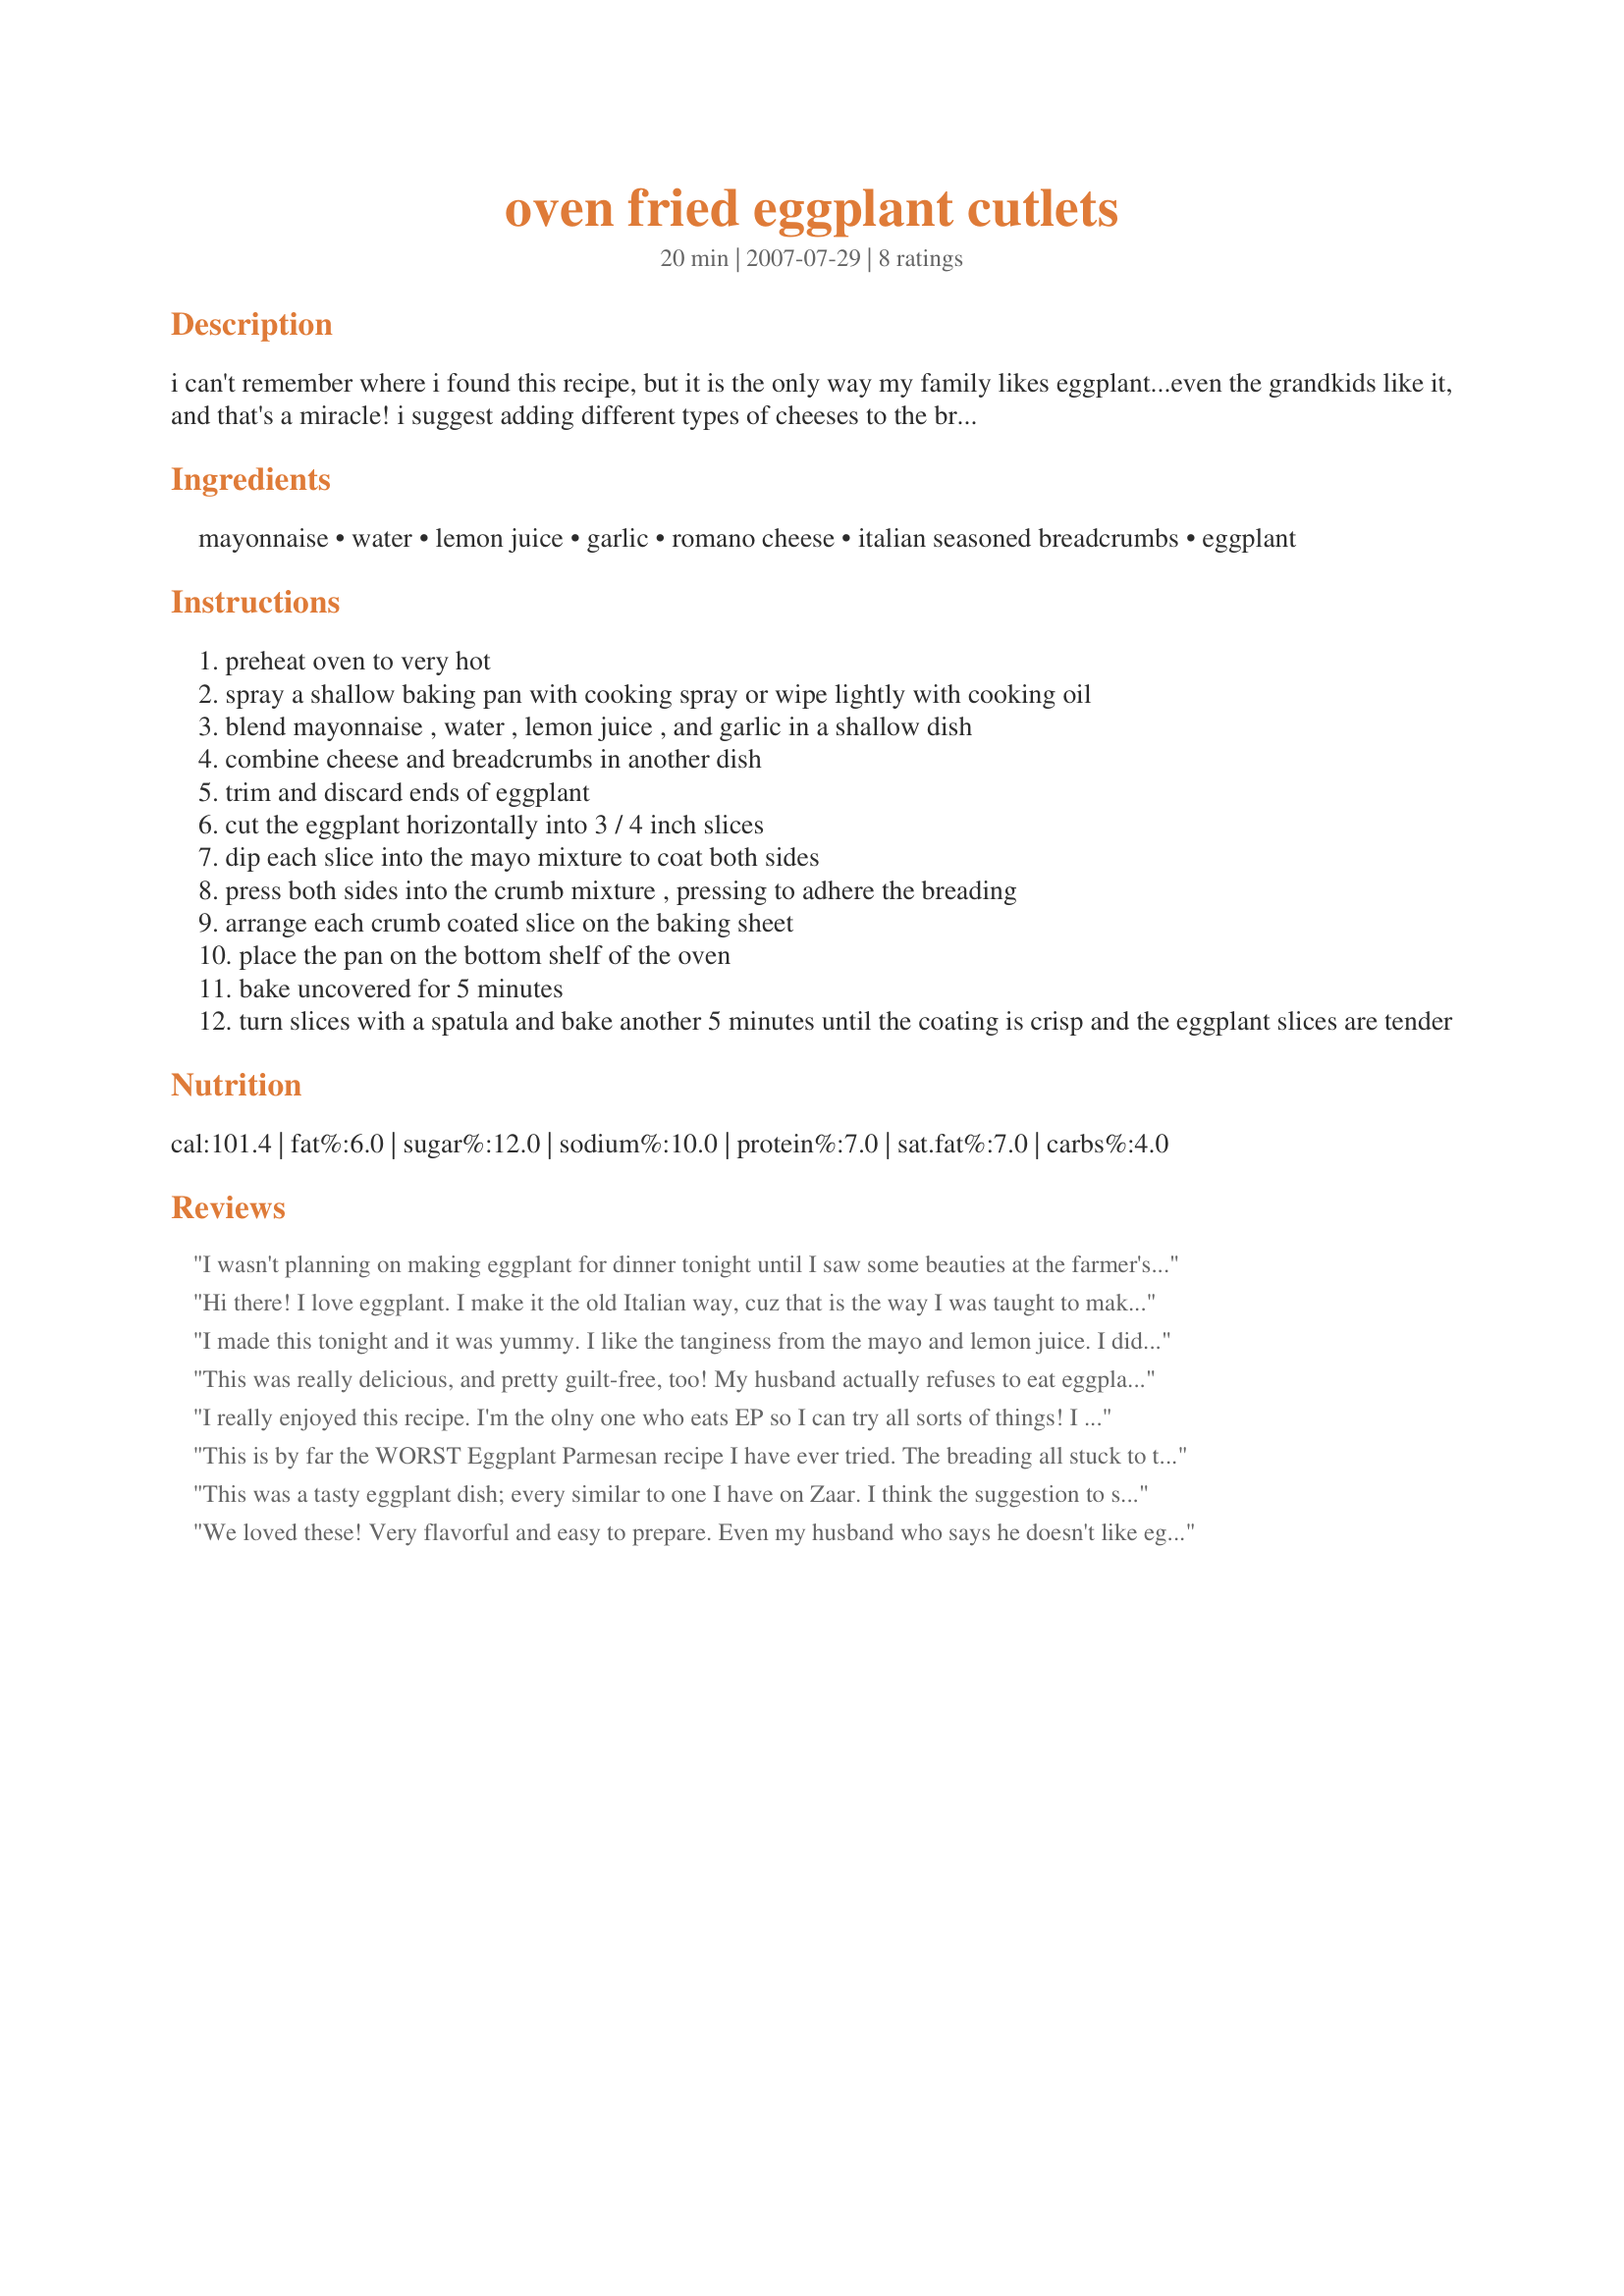
oven fried eggplant cutlets
Preparation time: 20 minutes

i can't remember where i found this recipe, but it is the only way my family likes eggplant...even the grandkids like it, and that's a miracle! i suggest adding different types of cheeses to the breading if you like because the cheese gives a lot of flavor and crispiness.shredded cheddar or mozzarella cheese also works well. i also usually double the recipe for a large eggplant.the amount of garlic is also a personal preference.

Ingredients:
mayonnaise, water, lemon juice, garlic, romano cheese, italian seasoned breadcrumbs, eggplant

Steps:
preheat oven to very hot
spray a shallow baking pan with cooking spray or wipe lightly with cooking oil
blend mayonnaise , water , lemon juice , and garlic in a shallow dish
combine cheese and breadcrumbs in another dish
trim and discard ends of eggplant
cut the eggplant horizontally into 3 / 4 inch slices
dip each slice into the mayo mixture to coat both sides
press both sides into the crumb mixture , pressing to adhere the breading
arrange each crumb coated slice on the baking sheet
place the pan on the bottom shelf of the oven
bake uncovered for 5 minutes
turn slices with a spatula and bake another 5 minutes until the coating is crisp and the eggplant slices are tender

Reviews:
I wasn't planning on making eggplant for dinner tonight until I saw some beauties at the farmer's market this afternoon :-)<br/>I was looking for a "different" recipe instead of frying it. Being Italian, and used to "oil frying" eggplant for for many dishes, I decided to give this a try. With the exception of adding the lemon juice and water, this recipe is identical to a recipe I found eons ago for "oven fried chicken breasts" on the back of a Hellmann's Mayo jar.<br/>I gave it a try, and it worked very well! I lined my cookie sheet with heavy duty tin foil (I've gotten lazy in my old age, this way I won't have to wash the pan ;-) ) Then I lightly oiled the foil (you know, put some oil on a half piece of paper towel and wipe it around the pan/foil). I followed the recipe exactly (with one slight change, I sliced the eggplant into 1/4 inch strips - like you would for potato fries), adding the lemon and water to the mayo as per the recipe. The "oven fried" eggplant turned out wonderfully! I used them as a side veggie with steak pizzaiola (recipe # 30571).<br/>The next time I make my eggplant Parmesan, I will use this "oven fried" method instead of oil frying the eggplant slices.
Hi there! I love eggplant. I make it the old Italian way, cuz that is the way I was taught to make it by a lovely lady who has passed away...It is very delicious, but yours sounds most interesting and less fattening and less mess! 
I will give it a go when my eggplants are ready this summer! 
I always set my egg plant slices on the counter and salt them on each side to take out the bitterness. Less sharpness in taste. That is the old Italian way! Just a suggestion I thought you might want to try! :)
Thank you for the recipe! 
Jelly!
I made this tonight and it was yummy. I like the tanginess from the mayo and lemon juice. I did cook it a little longer, until each side was golden brown.
This was really delicious, and pretty guilt-free, too! My husband actually refuses to eat eggplant in any of its many forms, but when I hid it within this crunchy coating, it disappeared (& the next day, even the leftovers were gone)! Made exactly as written, though I did have to cook it much longer than stated in order to fully crisp & brown the coating--maybe 10-12 minutes per side. This would be a terrific side to a red-sauce pasta dish, and is a great way to look like you slaved in the kitchen!
I really enjoyed this recipe. I'm the olny one who eats EP so I can try all sorts of things! I used cheddar cheese this time, I think it would be better with the parmesan or romano as stated in the original recipe. I did have trouble with the coating sticking to the dish when I turned the first piece with tongs and then I remembered that the recipe said to turn with a spatula...duh! the rest were turned successfully and both sides were crispy and crunchy! thanks.
This is by far the WORST Eggplant Parmesan recipe I have ever tried. The breading all stuck to the pan, despite the fact that I sprayed the pan with oil. If you want to make breaded EP I would recommend going with a recipe that calls for dipping the eggplant in a egg-based coating - NOT the mayonnaise one. The cooking time on this is way off as well. I have made my share of Eggplant Parmesan, so I know what I am talking about.
This was a tasty eggplant dish; every similar to one I have on Zaar. I think the suggestion to salt them and let them sit for a while is a good one. I'll try that next time. Made for Pick A Chef, 2010. Thanks for posting.
We loved these! Very flavorful and easy to prepare. Even my husband who says he doesn't like eggplant said he loved this recipe. I can't wait to make them again. Thanks so much for sharing it with us, Donnie27.
